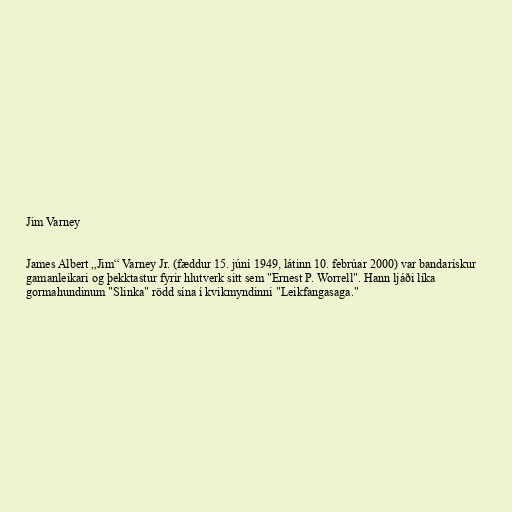
Jim Varney

James Albert „Jim“ Varney Jr. (fæddur 15. júní 1949, látinn 10. febrúar 2000) var bandarískur
gamanleikari og þekktastur fyrir hlutverk sitt sem "Ernest P. Worrell". Hann ljáði líka
gormahundinum "Slinka" rödd sína í kvikmyndinni "Leikfangasaga."